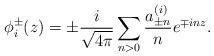
LaTeX: \begin{align*}\phi_i^\pm(z)=\pm\frac{i}{\sqrt{4\pi}}\sum_{n>0}\frac{a_{\pm n}^{(i)}}{n}e^{\mp inz}.\end{align*}